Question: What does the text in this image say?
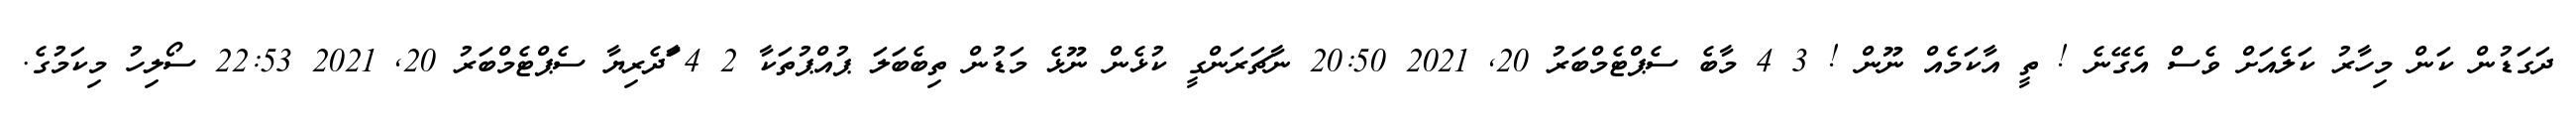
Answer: ދަގަޑުން ކަން މިހާރު ކަލެއަށް ވެސް އެގޭނެ ! ތީ އާކަމެއް ނޫން ! 3 4 މާބެ ސެޕްޓެމްބަރު 20, 2021 20:50 ނާޗަރަންގީ ކުޅެން ނޫޅެ މަޑުން ތިބެބަލަ ޕުއްޕުތަކާ 2 4 ާަދެރިޔާ ސެޕްޓެމްބަރު 20, 2021 22:53 ސޯލިހު މިކަމުގެ.